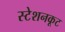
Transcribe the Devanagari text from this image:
स्टेशनकूट